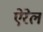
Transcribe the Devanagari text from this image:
ऐरेल